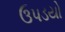
ઉપડયો